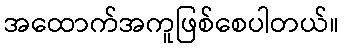
အထောက်အကူဖြစ်စေပါတယ်။